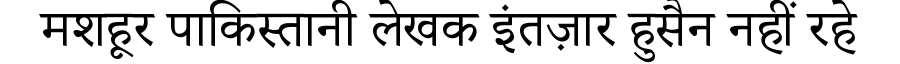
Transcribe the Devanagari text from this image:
मशहूर पाकिस्तानी लेखक इंतज़ार हुसैन नहीं रहे